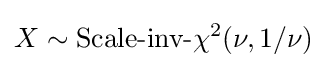
X\sim {\mbox{Scale-inv-}}\chi ^{2}(\nu ,1/\nu )